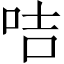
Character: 咭